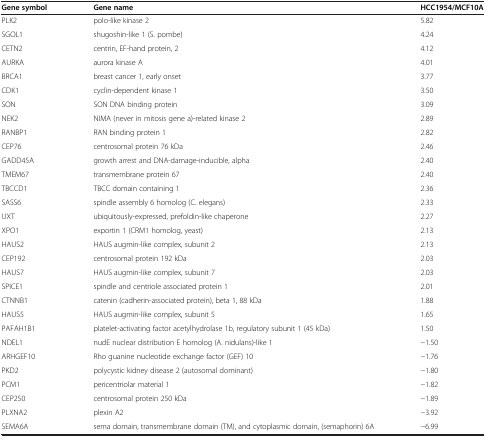
<table><thead><tr><td><b>Gene symbol</b></td><td><b>Gene name</b></td><td><b>HCC1954/MCF10A</b></td></tr></thead><tbody><tr><td>PLK2</td><td>polo-like kinase 2</td><td>5.82</td></tr><tr><td>SGOL1</td><td>shugoshin-like 1 (S. pombe)</td><td>4.24</td></tr><tr><td>CETN2</td><td>centrin, EF-hand protein, 2</td><td>4.12</td></tr><tr><td>AURKA</td><td>aurora kinase A</td><td>4.01</td></tr><tr><td>BRCA1</td><td>breast cancer 1, early onset</td><td>3.77</td></tr><tr><td>CDK1</td><td>cyclin-dependent kinase 1</td><td>3.50</td></tr><tr><td>SON</td><td>SON DNA binding protein</td><td>3.09</td></tr><tr><td>NEK2</td><td>NIMA (never in mitosis gene a)-related kinase 2</td><td>2.89</td></tr><tr><td>RANBP1</td><td>RAN binding protein 1</td><td>2.82</td></tr><tr><td>CEP76</td><td>centrosomal protein 76 kDa</td><td>2.46</td></tr><tr><td>GADD45A</td><td>growth arrest and DNA-damage-inducible, alpha</td><td>2.40</td></tr><tr><td>TMEM67</td><td>transmembrane protein 67</td><td>2.40</td></tr><tr><td>TBCCD1</td><td>TBCC domain containing 1</td><td>2.36</td></tr><tr><td>SASS6</td><td>spindle assembly 6 homolog (C. elegans)</td><td>2.33</td></tr><tr><td>UXT</td><td>ubiquitously-expressed, prefoldin-like chaperone</td><td>2.27</td></tr><tr><td>XPO1</td><td>exportin 1 (CRM1 homolog, yeast)</td><td>2.13</td></tr><tr><td>HAUS2</td><td>HAUS augmin-like complex, subunit 2</td><td>2.13</td></tr><tr><td>CEP192</td><td>centrosomal protein 192 kDa</td><td>2.03</td></tr><tr><td>HAUS7</td><td>HAUS augmin-like complex, subunit 7</td><td>2.03</td></tr><tr><td>SPICE1</td><td>spindle and centriole associated protein 1</td><td>2.01</td></tr><tr><td>CTNNB1</td><td>catenin (cadherin-associated protein), beta 1, 88 kDa</td><td>1.88</td></tr><tr><td>HAUS5</td><td>HAUS augmin-like complex, subunit 5</td><td>1.65</td></tr><tr><td>PAFAH1B1</td><td>platelet-activating factor acetylhydrolase 1b, regulatory subunit 1 (45 kDa)</td><td>1.50</td></tr><tr><td>NDEL1</td><td>nudE nuclear distribution E homolog (A. nidulans)-like 1</td><td>−1.50</td></tr><tr><td>ARHGEF10</td><td>Rho guanine nucleotide exchange factor (GEF) 10</td><td>−1.76</td></tr><tr><td>PKD2</td><td>polycystic kidney disease 2 (autosomal dominant)</td><td>−1.80</td></tr><tr><td>PCM1</td><td>pericentriolar material 1</td><td>−1.82</td></tr><tr><td>CEP250</td><td>centrosomal protein 250 kDa</td><td>−1.89</td></tr><tr><td>PLXNA2</td><td>plexin A2</td><td>−3.92</td></tr><tr><td>SEMA6A</td><td>sema domain, transmembrane domain (TM), and cytoplasmic domain, (semaphorin) 6A</td><td>−6.99</td></tr></tbody></table>